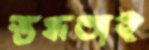
স্তব্ধতাই